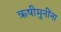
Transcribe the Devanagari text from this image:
ऋषीमुनींना